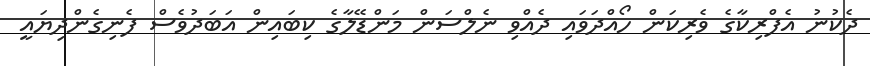
ދެކުނު އެފްރިކާގެ ވެރިކަން ހޯއްދަވައި ދެއްވި ނެލްސަން މަންޑޭލާގެ ކިބައިން އަބަދުވެސް ފެނިގެންދިޔައީ